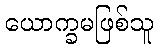
ယောက္ခမဖြစ်သူ